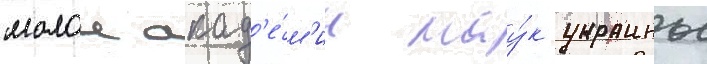
малои акад'е́м'ии нау́к украины